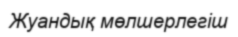
Жуандық мөлшерлегіш